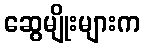
ဆွေမျိုးများက